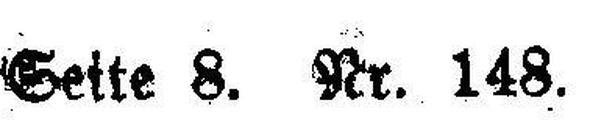
Seite 8. Nr. 148.